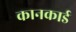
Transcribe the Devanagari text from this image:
कानकार्ड